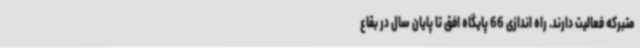
متبرکه فعالیت دارند. راه اندازی 66 پایگاه افق تا پایان سال در بقاع